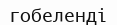
гобеленді